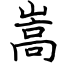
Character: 嵩